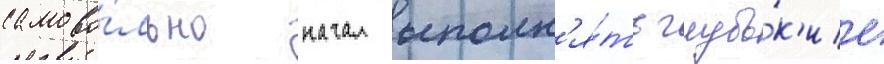
самово́льно начал выполн'я́ть глубо́к'ие